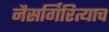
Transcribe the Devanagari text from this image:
नैसर्गिरित्याच